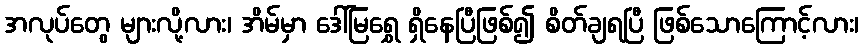
အလုပ်တွေ များလို့လား၊ အိမ်မှာ ဒေါ်မြရွှေ ရှိနေပြီဖြစ်၍ စိတ်ချရပြီ ဖြစ်သောကြောင့်လား၊